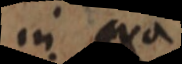
in qua